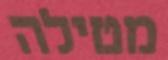
מטילה